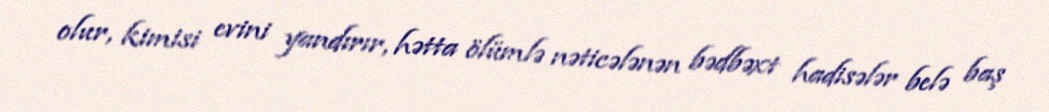
olur, kimisi evini yandırır, hətta ölümlə nəticələnən bədbəxt hadisələr belə baş